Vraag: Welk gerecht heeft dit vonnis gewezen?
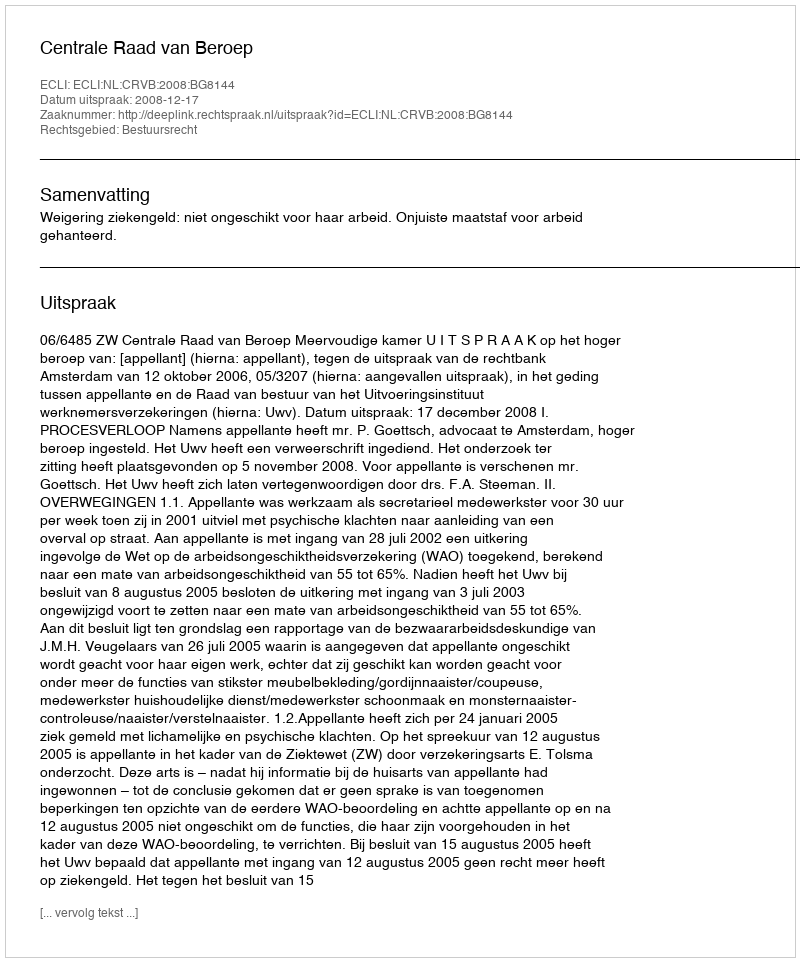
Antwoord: Centrale Raad van Beroep